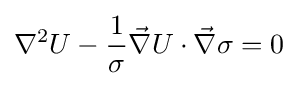
\nabla ^{2}U-{\frac {1}{\sigma }}{\vec {\nabla }}U\cdot {\vec {\nabla }}\sigma =0